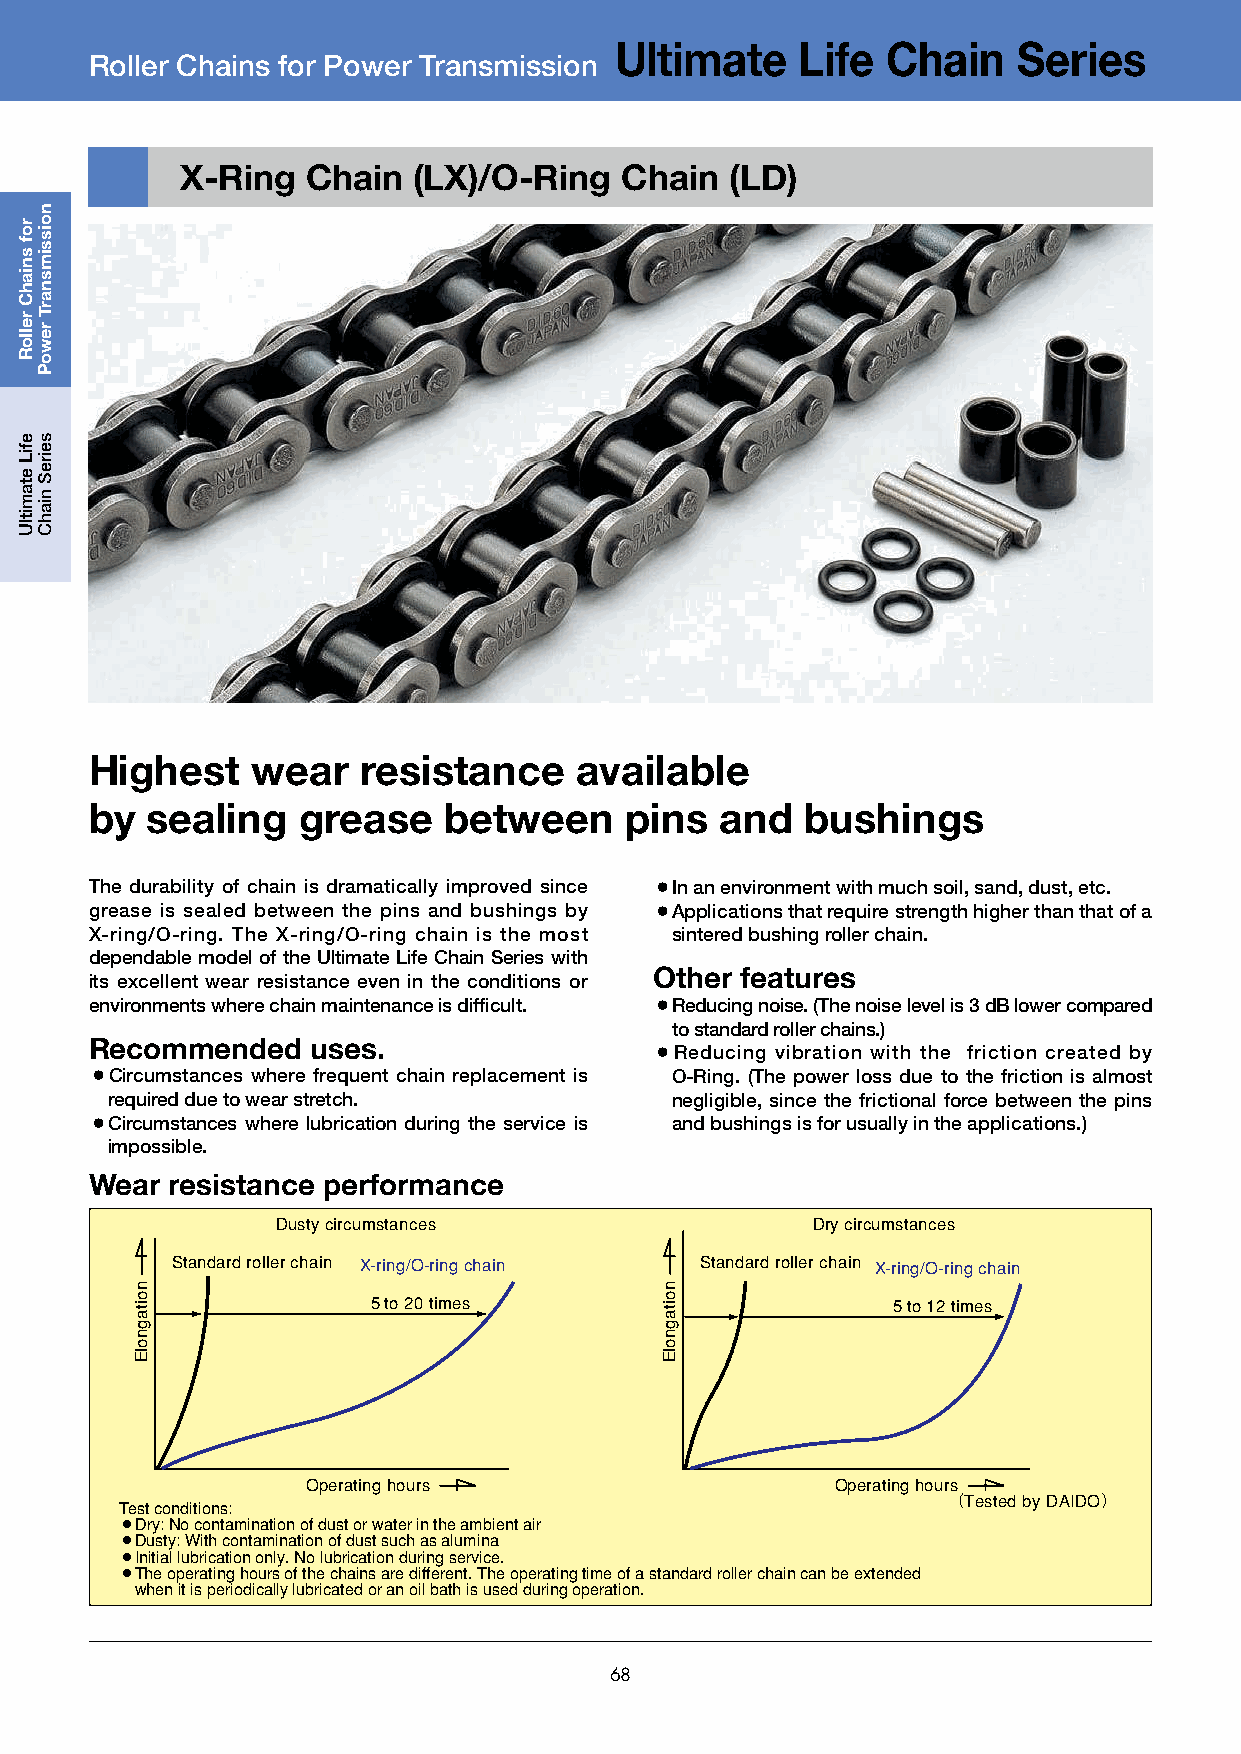
Ultimate    Life  Chain   Series
 Roller Chains for Power Transmission
 X-Ring  Chain  (LX)/O-Ring   Chain  (LD)
 Highest    wear   resistance    available
 by  sealing   grease   between     pins   and  bushings
 The durability of chain is dramatically improved since ¡In an environment with much soil, sand, dust, etc.
 grease is sealed between the pins and bushings by ¡Applications that require strength higher than that of a
 X-ring/O-ring. The X-ring/O-ring chain is the most sintered bushing roller chain.
 dependable model of the Ultimate Life Chain Series with
 Other features
 its excellent wear resistance even in the conditions or
 environments where chain maintenance is difficult. ¡Reducing noise. (The noise level is 3 dB lower compared
 to standard roller chains.)
 Recommended    uses.
 ¡Reducing vibration with the friction created by
 ¡Circumstances where frequent chain replacement is O-Ring. (The power loss due to the friction is almost
 required due to wear stretch.        negligible, since the frictional force between the pins
 ¡Circumstances where lubrication during the service is and bushings is for usually in the applications.)
 impossible.
 Wear resistance performance
 Dusty circumstances                 Dry circumstances
 Standard roller chain X-ring/O-ring chain Standard roller chain X-ring/O-ring chain
 5 to 20 times                     5 to 12 times
 Operating hours                    Operating hours
 （Tested by DAIDO）
 Test conditions:
 ¡Dry: No contamination of dust or water in the ambient air
 ¡Dusty: With contamination of dust such as alumina
 ¡Initial lubrication only. No lubrication during service.
 ¡The operating hours of the chains are different. The operating time of a standard roller chain can be extended
 when it is periodically lubricated or an oil bath is used during operation.
 68
 rof
 sniahC
 relloR
 efiL
 etamitlU
 noissimsnarT
 rewoP
 seireS
 niahC
 noitagnolE                         noitagnolE